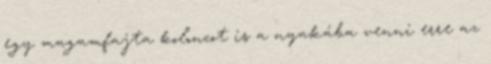
egy magamfajta koloncot is a nyakába venni erre az